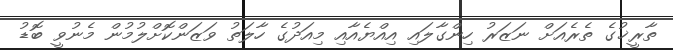
ތާރީޚުގެ ތެރެއަށް ނަޒަރު ހިންގާލައި އިއްޔެއާއި މިއަދުގެ ހާލަތު ވަޒަންކޮށްލުމުން މެނުވީ ބޮޑު